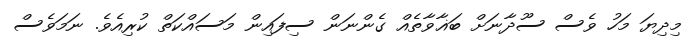
މިދިޔަ މަހު ވެސް ސޫދާނަށް ބަޣާވާތެއް ގެންނަން ސިފައިން މަސައްކަތް ކުރިއެވެ. ނަމަވެސް